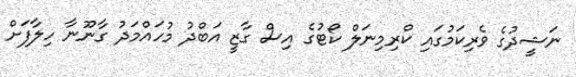
ނަޝީދުގެ ވެރިކަމުގައި ކްރިމިނަލް ކޯޓުގެ އިސް ގާޒީ އަބްދު މުހައްމަދު ގާނޫނާ ހިލާފަށް